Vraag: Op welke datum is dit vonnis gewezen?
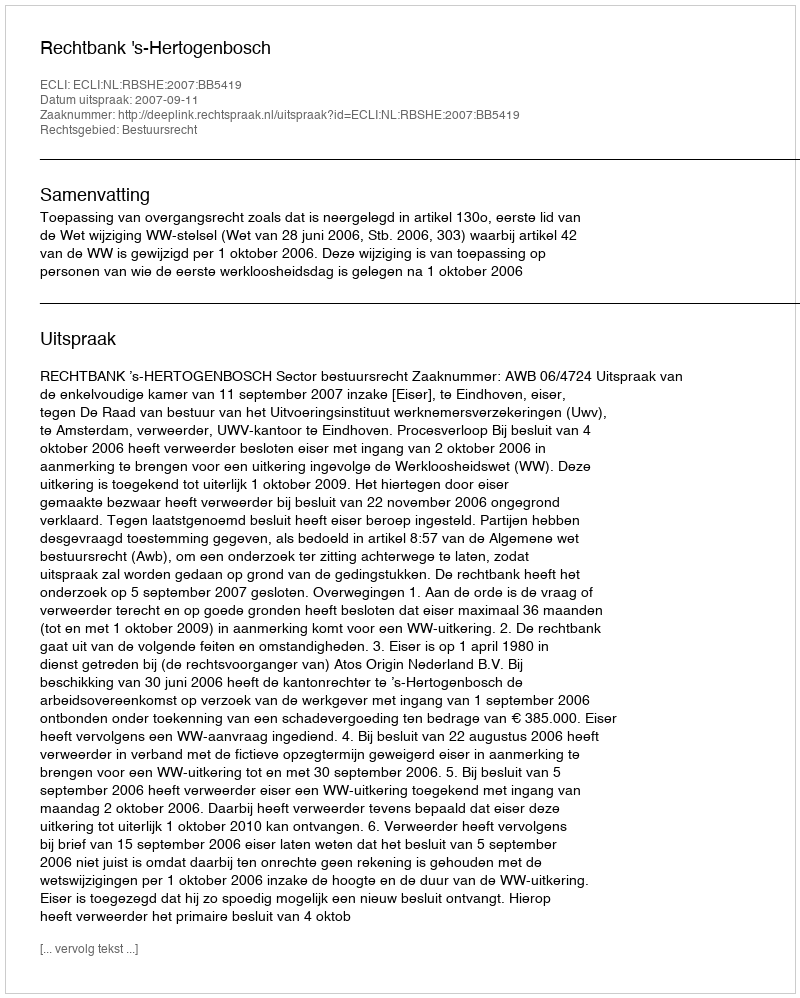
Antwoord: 2007-09-11